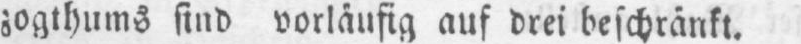
zogthums sind vorläufig auf drei beschränkt.